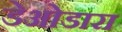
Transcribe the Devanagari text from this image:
डेओडारा